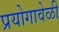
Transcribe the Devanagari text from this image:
प्रयोगावेळी